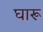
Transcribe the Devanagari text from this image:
घारू